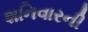
શનિવારની